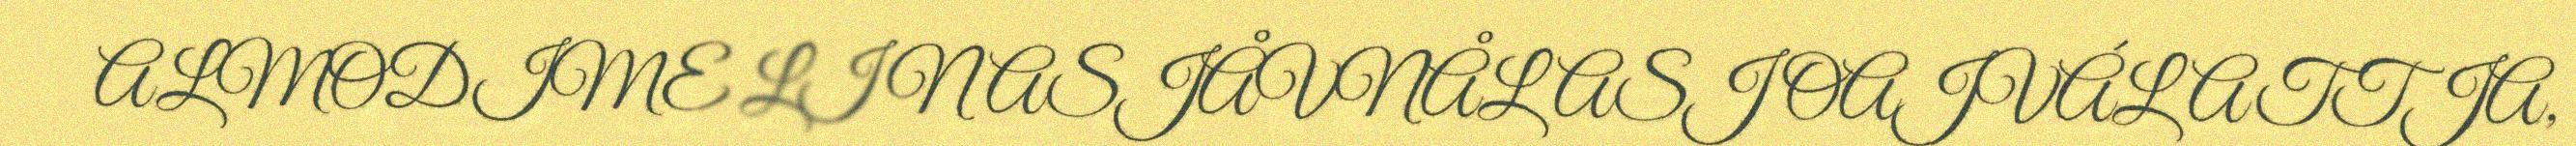
ALMODIME LI NASJÅVNÅLASJ OAJVÁLATTJA,